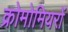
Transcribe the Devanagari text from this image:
क्रोमोमियरों